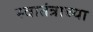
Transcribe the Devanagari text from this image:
स्वातंत्राच्या